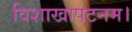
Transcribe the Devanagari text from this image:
विशाखापटनम।